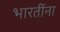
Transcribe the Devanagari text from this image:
भारतींना